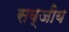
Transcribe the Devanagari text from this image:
सब्जीय